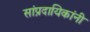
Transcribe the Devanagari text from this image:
सांप्रदायिकांनी